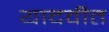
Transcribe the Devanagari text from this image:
यादवीत